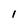
Character: I